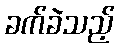
ခက်ခဲသည့်